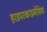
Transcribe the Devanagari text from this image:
हाइपरकाइनेसिया